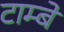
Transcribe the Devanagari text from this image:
टाम्बे